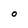
Character: O